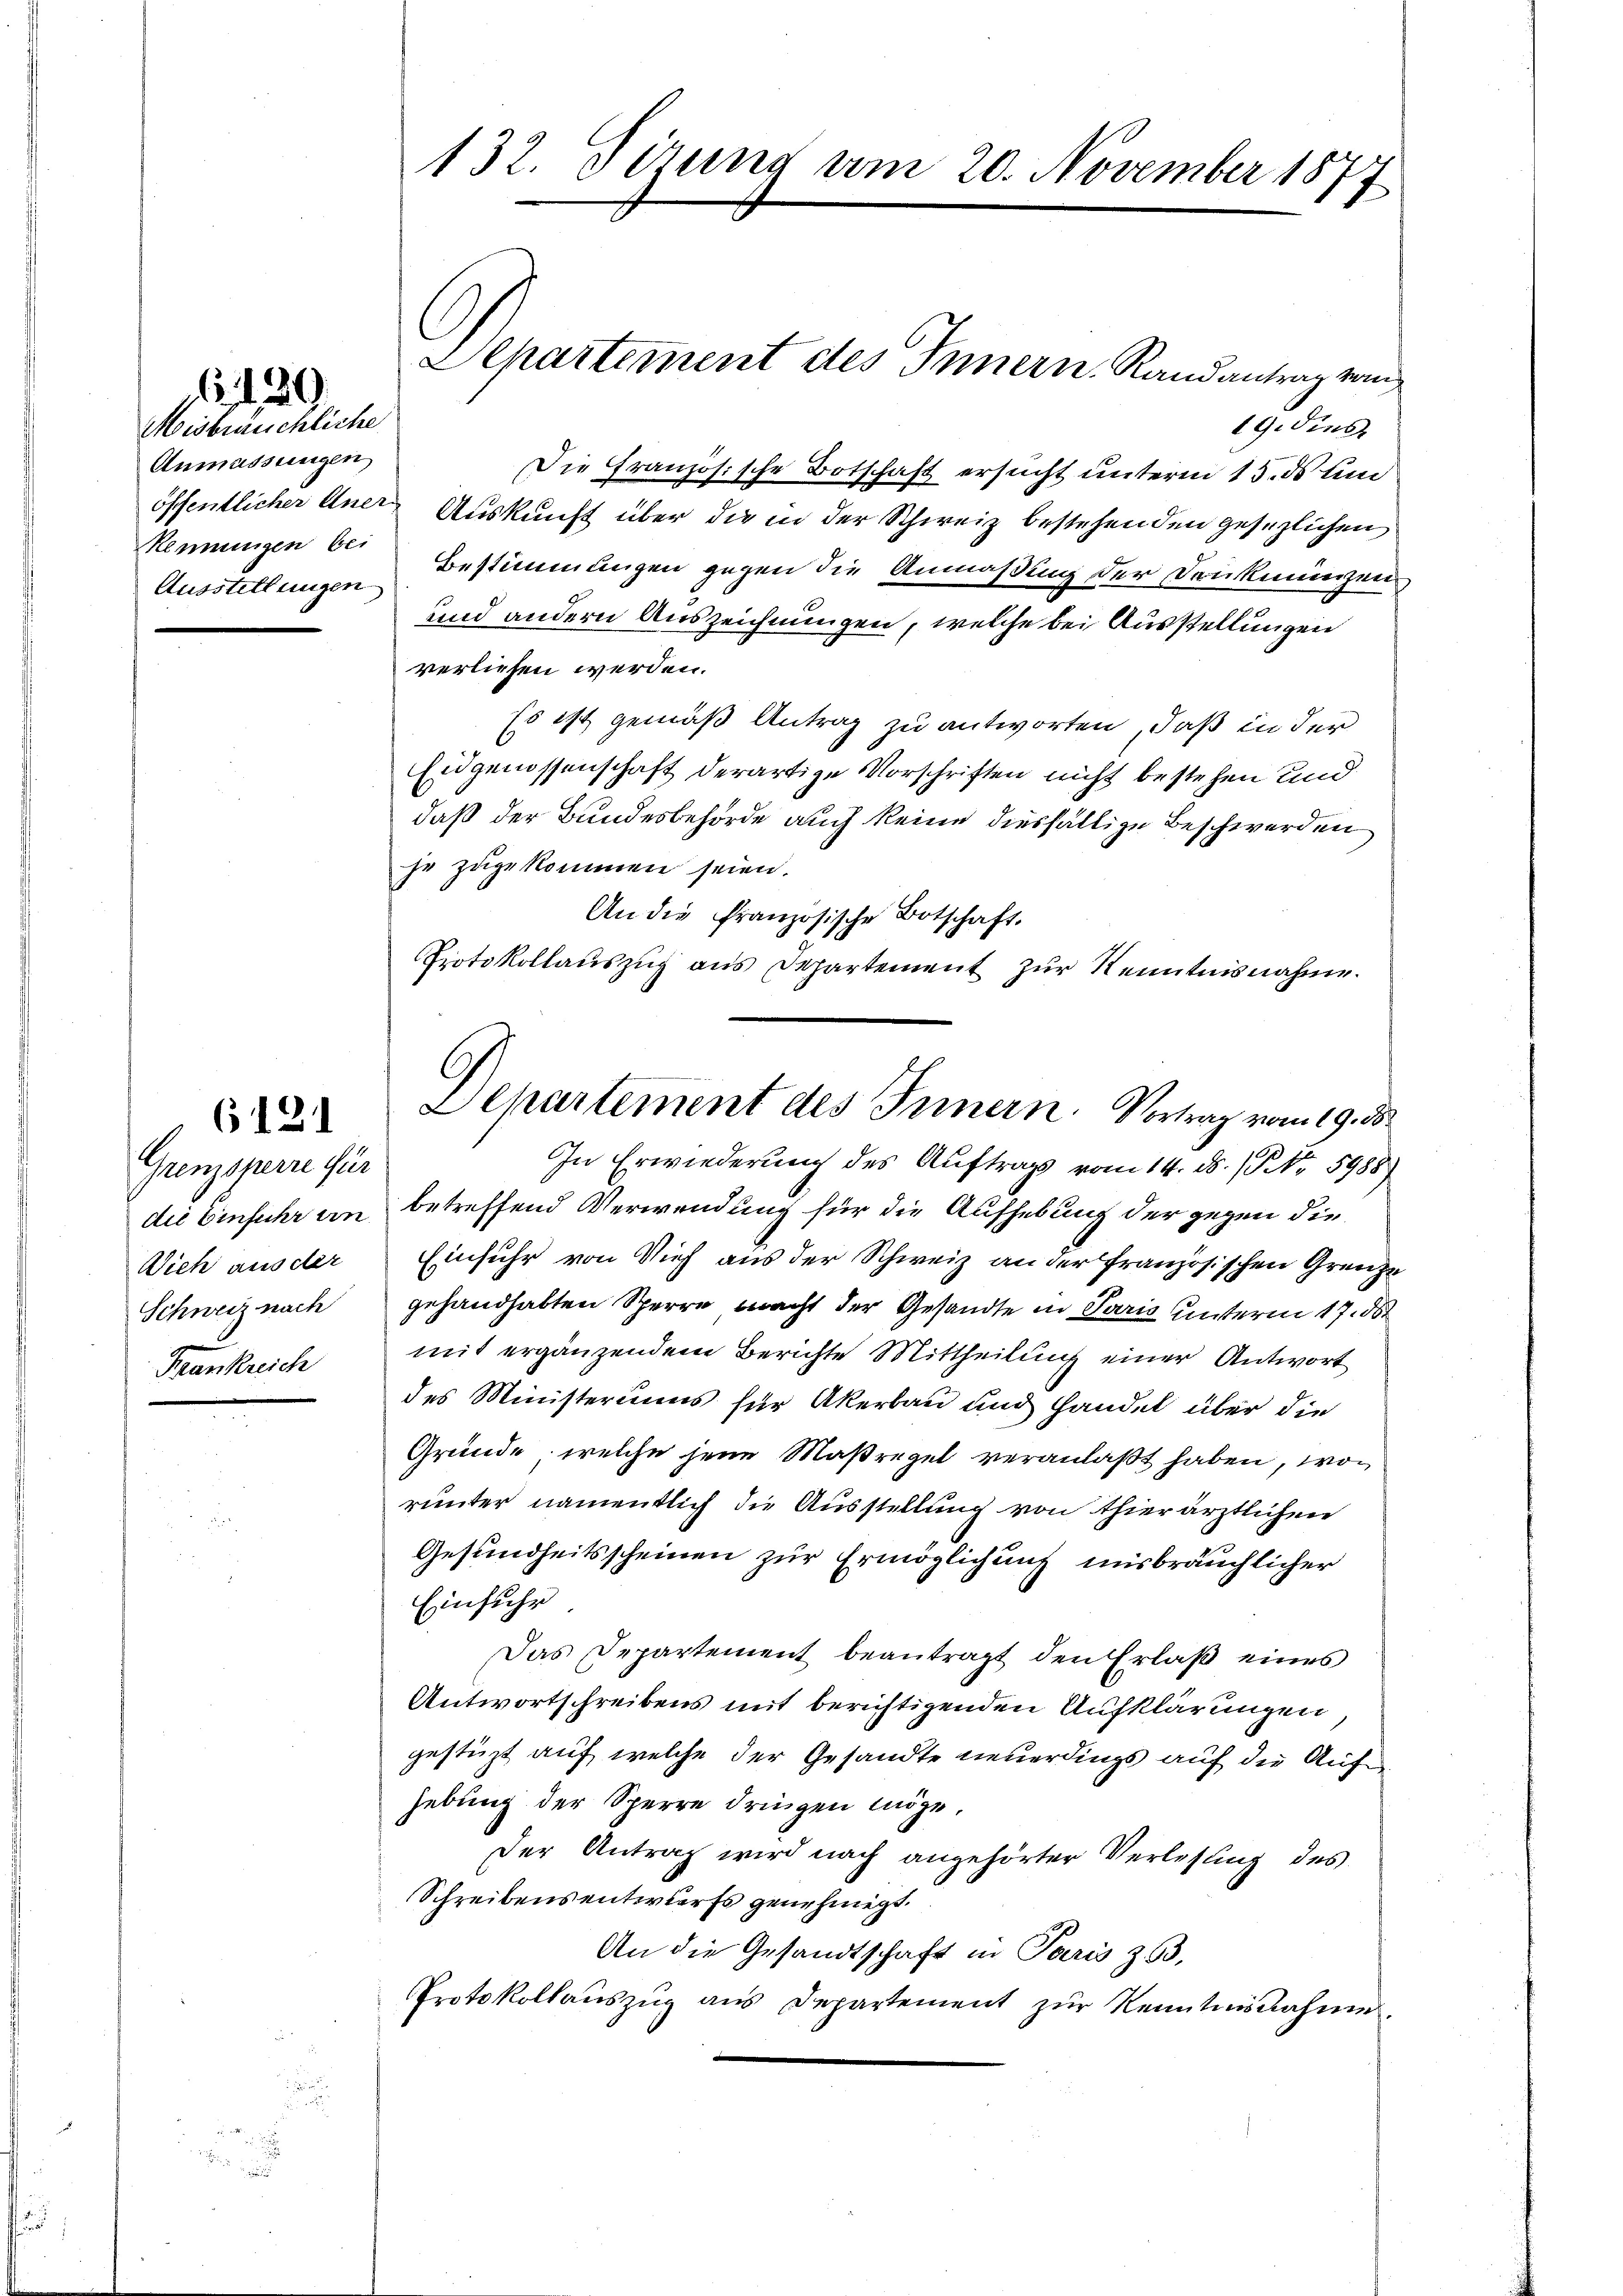
Misbräuchliche
Anmassungen
Henningen bei
Ausstellungen

20

Grenzsperre für
die Einfuhr an
Vieh aus der
Schweiz nach
Frankreich

6121

132. Sirung vom 20. November 1877

Departement des Innern, Randantrag von

19. dies
Die Französische Botschaft ersucht unterm 15. ds um
öffentlicher einer Auskunft über die in der Schweiz bestehenden gesezlichen
Bestimmungen gegen die Anmaßung der Denkmünzen,
und andern Auszeichnungen, welche bei Ausstellungen
verliehen werden.
Es ist gemäß Antrag zu antworten, daß in der
Eidgenossenschaft derartige Vorschriften nicht bestehen und
daß der Bundesbehörde auch keine diesfällige Beschwerden
je zugekommen seien.
An die Französische Botschaft.
Protokollauszug aus Departement zur Kenntnisnahme.
In Erwiederung des Auftrags vom 14. ds. 1 P. Nr. 5988)
betreffend Verwendung für die Aufhebung der gegen die
Einfuhr von Vieh aus der Schweiz an der französischen Grenze
gehandhabten Sperre macht der Gesandte in Paris unterm 17. d
mit ergänzendem Berichte Mittheilung einer Antwort
des Ministeriums für Akerbau und Handel über die
Gründe, welche jene Maßregel veranlaßt haben, worunter namentlich die Ausstellung von Thierärztlichen
Gesundheitsscheinen zur Ermöglichung misbräuchlicher
Einfuhr
Das Departement beantragt den Erlaβ eines
Antwortschreibens mit berichtigenden Aufklärungen,
gestüzt auf welche der Gesandte neuerdings auf die Aufhebung der Sperre dringen möge.
Der Antrag wird nach angehörter Verlesung des
Schreibens entwurfs genehmigt.
An die Gesandtschaft in Paris 363,
Protokollauszug aus Departement zŭr Kenntnisnahme.

Departement des Innern. Vortrag vom 19. 5